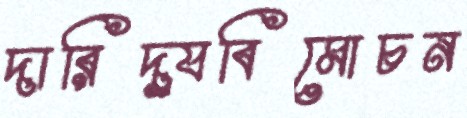
দারিদ্র্যবিমোচন